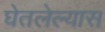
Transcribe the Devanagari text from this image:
घेतलेल्यास